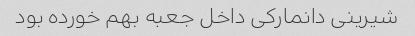
شیرینی دانمارکی داخل جعبه بهم خورده بود